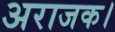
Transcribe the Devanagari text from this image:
अराजक।